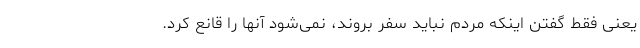
یعنی فقط گفتن اینکه مردم نباید سفر بروند، نمی‌شود آنها را قانع کرد.